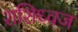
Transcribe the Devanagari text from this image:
शशिध्वज